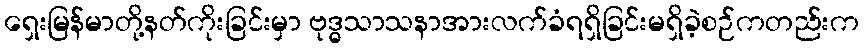
ရှေးမြန်မာတို့နတ်ကိုးခြင်းမှာ ဗုဒ္ဓသာသနာအားလက်ခံရရှိခြင်းမရှိခဲ့စဉ်ကတည်းက